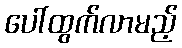
ပေါ်ထွက်လာမည့်